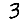
Digit: 3